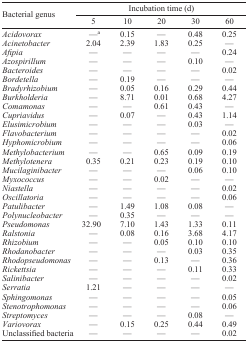
<table><thead><tr><td rowspan="3"><b>Bacterial genus</b></td><td colspan="5"><b>Incubation time (d)</b></td></tr><tr><td><b>5</b></td><td><b>10</b></td><td><b>20</b></td><td><b>30</b></td><td><b>60</b></td></tr></thead><tbody><tr><td><i>Acidovorax</i></td><td>—a</td><td>0.15</td><td>—</td><td>0.48</td><td>0.25</td></tr><tr><td><i>Acinetobacter</i></td><td>2.04</td><td>2.39</td><td>1.83</td><td>0.25</td><td>—</td></tr><tr><td><i>Afipia</i></td><td>—</td><td>—</td><td>—</td><td>—</td><td>0.24</td></tr><tr><td><i>Azospirillum</i></td><td>—</td><td>—</td><td>—</td><td>0.10</td><td>—</td></tr><tr><td><i>Bacteroides</i></td><td>—</td><td>—</td><td>—</td><td>—</td><td>0.02</td></tr><tr><td><i>Bordetella</i></td><td>—</td><td>0.19</td><td>—</td><td>—</td><td>—</td></tr><tr><td><i>Bradyrhizobium</i></td><td>—</td><td>0.05</td><td>0.16</td><td>0.29</td><td>0.44</td></tr><tr><td><i>Burkholderia</i></td><td>—</td><td>8.71</td><td>0.01</td><td>0.68</td><td>4.27</td></tr><tr><td><i>Comamonas</i></td><td>—</td><td>—</td><td>0.61</td><td>0.43</td><td>—</td></tr><tr><td><i>Cupriavidus</i></td><td>—</td><td>0.07</td><td>—</td><td>0.43</td><td>1.14</td></tr><tr><td><i>Elusimicrobium</i></td><td>—</td><td>—</td><td>—</td><td>0.03</td><td>—</td></tr><tr><td><i>Flavobacterium</i></td><td>—</td><td>—</td><td>—</td><td>—</td><td>0.02</td></tr><tr><td><i>Hyphomicrobium</i></td><td>—</td><td>—</td><td>—</td><td>—</td><td>0.06</td></tr><tr><td><i>Methylobacterium</i></td><td>—</td><td>—</td><td>0.65</td><td>0.09</td><td>0.19</td></tr><tr><td><i>Methylotenera</i></td><td>0.35</td><td>0.21</td><td>0.23</td><td>0.19</td><td>0.10</td></tr><tr><td><i>Mucilaginibacter</i></td><td>—</td><td>—</td><td>—</td><td>0.06</td><td>0.10</td></tr><tr><td><i>Myxococcus</i></td><td>—</td><td>—</td><td>0.02</td><td>—</td><td>—</td></tr><tr><td><i>Niastella</i></td><td>—</td><td>—</td><td>—</td><td>—</td><td>0.02</td></tr><tr><td><i>Oscillatoria</i></td><td>—</td><td>—</td><td>—</td><td>—</td><td>0.06</td></tr><tr><td><i>Patulibacter</i></td><td>—</td><td>1.49</td><td>1.08</td><td>0.08</td><td>—</td></tr><tr><td><i>Polynucleobacter</i></td><td>—</td><td>0.35</td><td>—</td><td>—</td><td>—</td></tr><tr><td><i>Pseudomonas</i></td><td>32.90</td><td>7.10</td><td>1.43</td><td>1.33</td><td>0.11</td></tr><tr><td><i>Ralstonia</i></td><td>—</td><td>0.08</td><td>0.16</td><td>3.68</td><td>4.17</td></tr><tr><td><i>Rhizobium</i></td><td>—</td><td>—</td><td>0.05</td><td>0.10</td><td>0.10</td></tr><tr><td><i>Rhodanobacter</i></td><td>—</td><td>—</td><td>—</td><td>0.03</td><td>0.35</td></tr><tr><td><i>Rhodopseudomonas</i></td><td>—</td><td>—</td><td>0.13</td><td>—</td><td>0.36</td></tr><tr><td><i>Rickettsia</i></td><td>—</td><td>—</td><td>—</td><td>0.11</td><td>0.33</td></tr><tr><td><i>Salinibacter</i></td><td>—</td><td>—</td><td>—</td><td>—</td><td>0.02</td></tr><tr><td><i>Serratia</i></td><td>1.21</td><td>—</td><td>—</td><td>—</td><td>—</td></tr><tr><td><i>Sphingomonas</i></td><td>—</td><td>—</td><td>—</td><td>—</td><td>0.05</td></tr><tr><td><i>Stenotrophomonas</i></td><td>—</td><td>—</td><td>—</td><td>—</td><td>0.06</td></tr><tr><td><i>Streptomyces</i></td><td>—</td><td>—</td><td>—</td><td>0.08</td><td>—</td></tr><tr><td><i>Variovorax</i></td><td>—</td><td>0.15</td><td>0.25</td><td>0.44</td><td>0.49</td></tr><tr><td>Unclassified bacteria</td><td>—</td><td>—</td><td>—</td><td>—</td><td>0.02</td></tr></tbody></table>